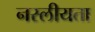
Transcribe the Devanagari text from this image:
नस्लीयता